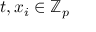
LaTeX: t , x _ { i } \in \mathbb { Z } _ { p }